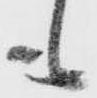
も